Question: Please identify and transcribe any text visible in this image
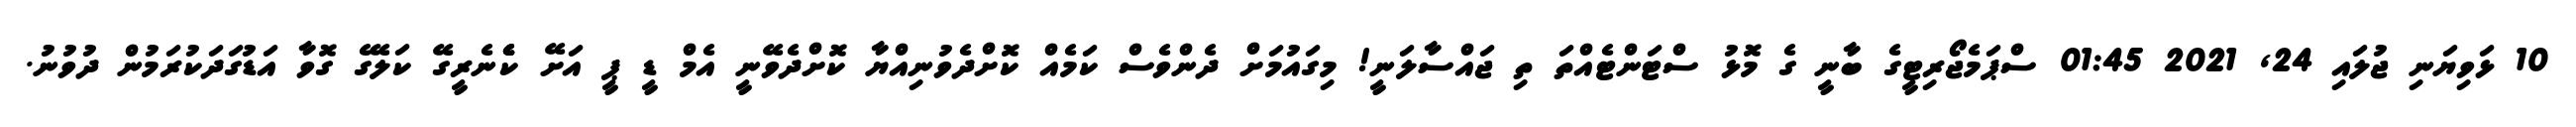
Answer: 10 ޅަވިޔަނި ޖުލައި 24, 2021 01:45 ސްޕަމެޖޯރިޓީގެ ބާނީ ގެ މޮޅު ސްޓަންޓެއްތަ ތި ޖައްސާލަނީ! މިގައުމަށް ދެންވެސް ކަމެއް ކޮށްދެވުނިއްޔާ ކޮށްދެވޭނީ އެމް ޑީ ޕީ އަށޭ ކެެެނެރީގޭ ކަލޭގެ ގޮވާ އަޑުގަދަކުރަމުން ދުވުނު.